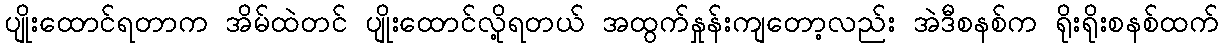
ပျိုးထောင်ရတာက အိမ်ထဲတင် ပျိုးထောင်လို့ရတယ် အထွက်နှုန်းကျတော့လည်း အဲဒီစနစ်က ရိုးရိုးစနစ်ထက်